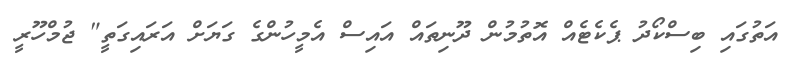
އަތުގައި ބިސްކޯދު ޕެކެޓެއް އޮތުމުން ދޫނިތައް އައިސް އެމީހުންގެ ގަޔަށް އަރައިގަތީ" ޖުމްހޫރީ